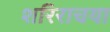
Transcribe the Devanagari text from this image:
शरिराचया